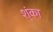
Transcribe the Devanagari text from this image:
श्ंका